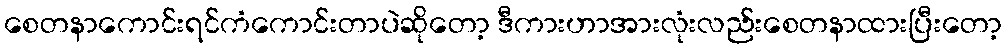
စေတနာကောင်းရင်ကံကောင်းတာပဲဆိုတော့ ဒီကားဟာအားလုံးလည်းစေတနာထားပြီးတော့